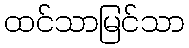
ထင်သာမြင်သာ